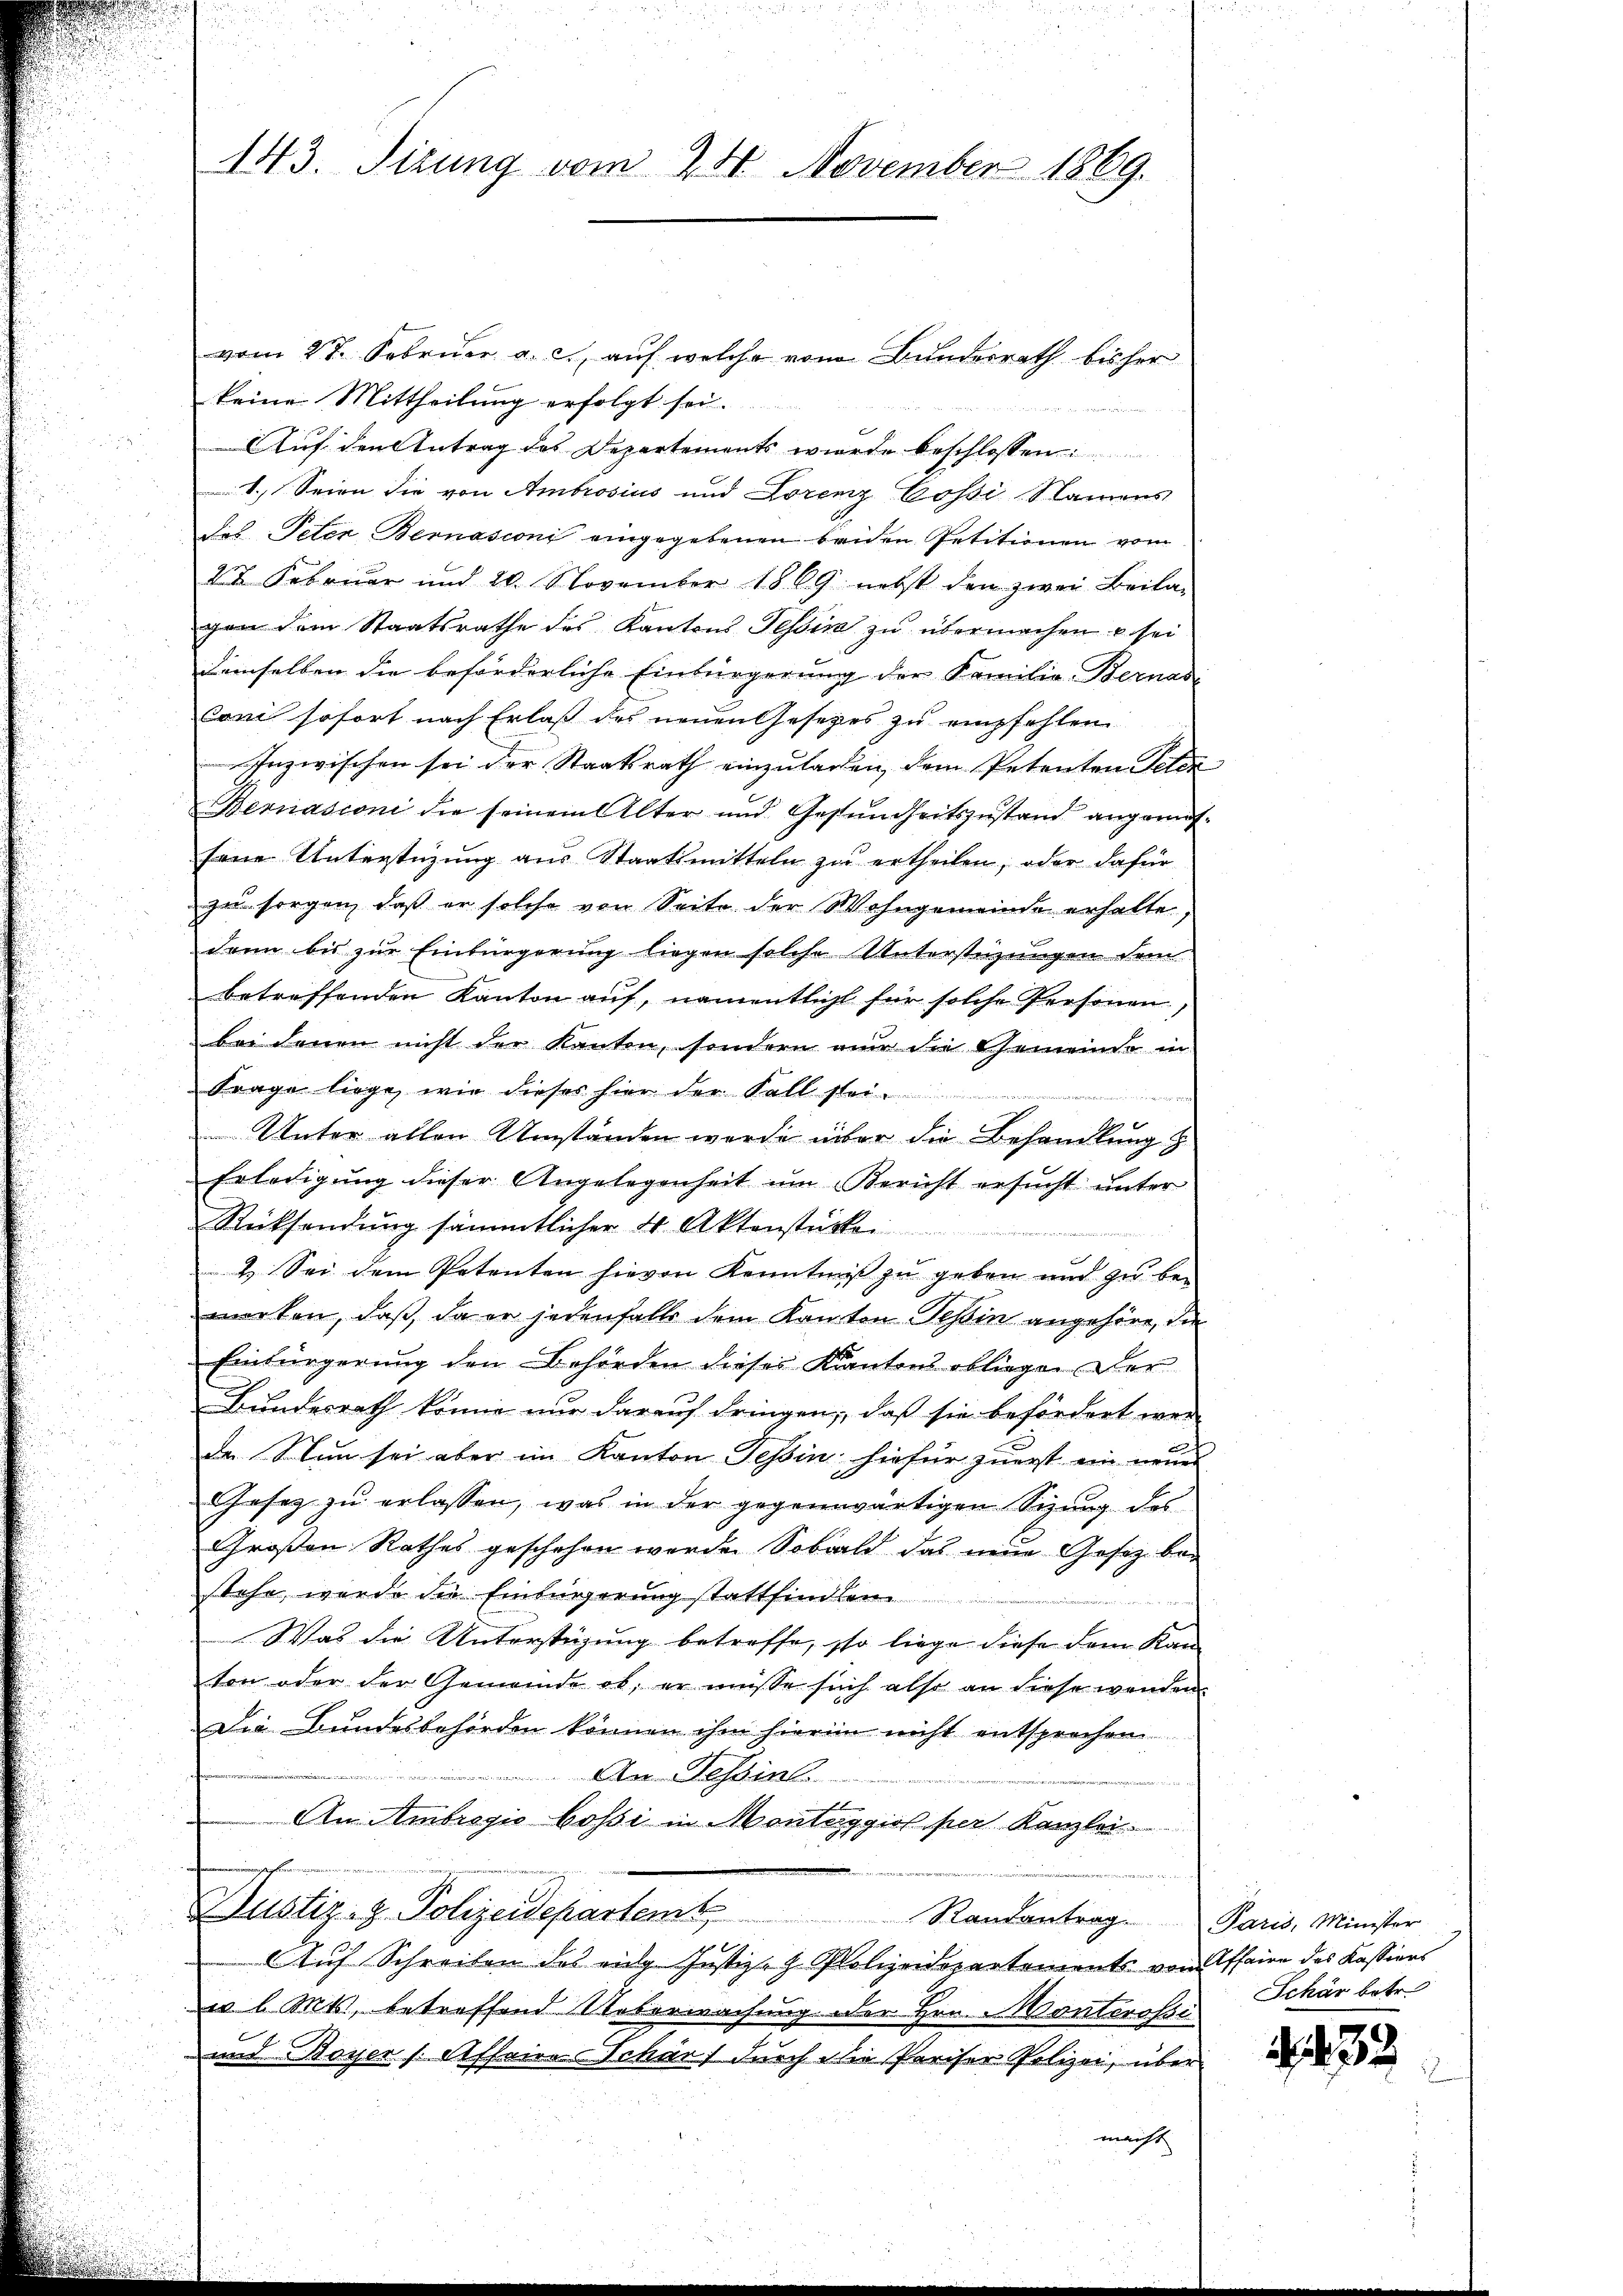
vom 27. Februar a. c., auf welche vom Bundesrath bisher
keine Mittheilung erfolgt sei.
Auf den Antrag des Departements werde beschlossen:
1.) Seien die von Ambrosius und Lorenz Cossi, Namens
des Peten Bernasioni eingegebenen beiden Petitionen vom
22 Februar und 20. November 1869 nebst den zwei Beila-
gen dem Staatsrathe des Kantons Tessin zu übermachen u sei
demselben die beförderliche Einbürgerung der Familie-Bernas
Coni sofort nach Erlaß des neuen Gesetzes zu empfehlen
Inzwischen sei der Staatsrath einzulagen, dem Petenten Peter
Bernasconi die seinem Alter und Gesŭndheitszŭstand angemes-
feine Unterstüzung aus Staatsmitteln zu ertheilen; oder dafür
zu sorgen, daß er solche von Seite der Wohngemeinde erhalte,
dann bis zur Einbürgerung liegen solche Unterstüzungen dem
betreffenden Kanton auf, namentlicht für solche Personen,
bei denen nicht der Kanton, sondern nur die Gemeinde in
Frage liege, wie dieses hier der Fall stei¬

Unter allen Umständen werde über die Behandlung z
Erledigung dieser Angelegenheit um Bericht ersucht unter
Rücksendung sämmtlicher 4 Aktenstatte
2. Sei dem Petenten hievon Kenntniß zu geben und zu bemerken, daß, da er jedenfalls dem Kanton Tessin angehöre, die
Einbürgerung den Behörden dieses Kantons obliegen der
Bundesrath könne nur darauf dringen, daß sie befördert wer
da. Nun sei aber im Kanton Tessin hiefür zuerst ein neues
Gesez zu erlassen, was in der gegenwärtigen Sizung des
Großen Rathes geschehen werden Sobald das neue Gesez bestehe, wurde die Einbürgerung stattfindlen
Was die Unterstüzung betreffe, so liege diese dem Kanton oder der Gemeinde ob, er müsse sich also an diese wenden
Die Bundesbehörden können ihm hierin nicht entsprochen
An Tessin.
i
x
An Ambrosis bossi in Montaggio per Kanzlei
Justiz- & Polizeidepartemt
Randantrag. Paris, Minister
Auf Schreiben des eidg Justiz- & Polizeidepartements vom Affaire des Kassions
u. l. Mts., betreffend Ueberwachung oder Hrn. Monterosse
und Boyer [Affaire Schär, durch die Pariser Polizei, über
macht

143. Sizung vom 24. November 1869.

Schär betr.

.439